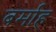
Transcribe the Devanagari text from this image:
बर्माह